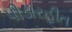
પીડારહીત